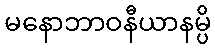
မနောဘာဝနီယာနမ္ပိ